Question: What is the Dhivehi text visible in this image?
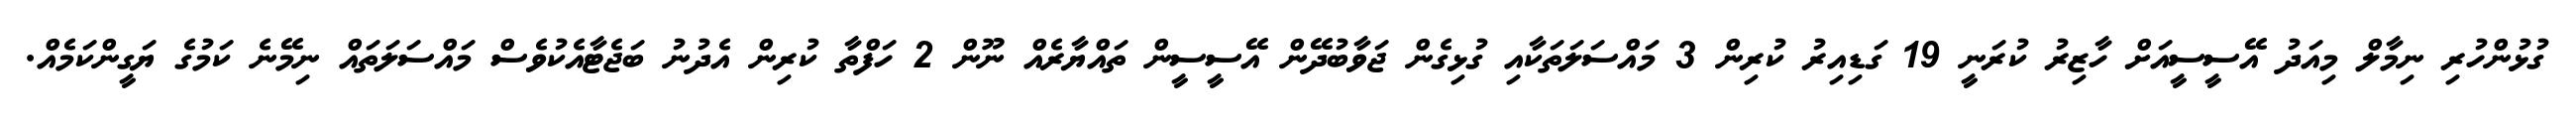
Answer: ގުޅުންހުރި ނިމާލް މިއަދު އޭސީސީއަށް ހާޒިރު ކުރަނީ 19 ގަޑިއިރު ކުރިން 3 މައްސަލަތަކާއި ގުޅިގެން ޖަވާބުދޭން އޭސީސީން ތައްޔާރެއް ނޫން 2 ހަފްތާ ކުރިން އެދުނު ބަޖެޓާއެކުވެސް މައްސަލަތައް ނިމޭނެ ކަމުގެ ޔަގީންކަމެއް.